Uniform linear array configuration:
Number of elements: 24
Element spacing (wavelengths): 0.75
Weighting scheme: blackman
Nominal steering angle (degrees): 60
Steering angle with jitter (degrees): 58.339
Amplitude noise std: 0.05
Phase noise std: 0.05

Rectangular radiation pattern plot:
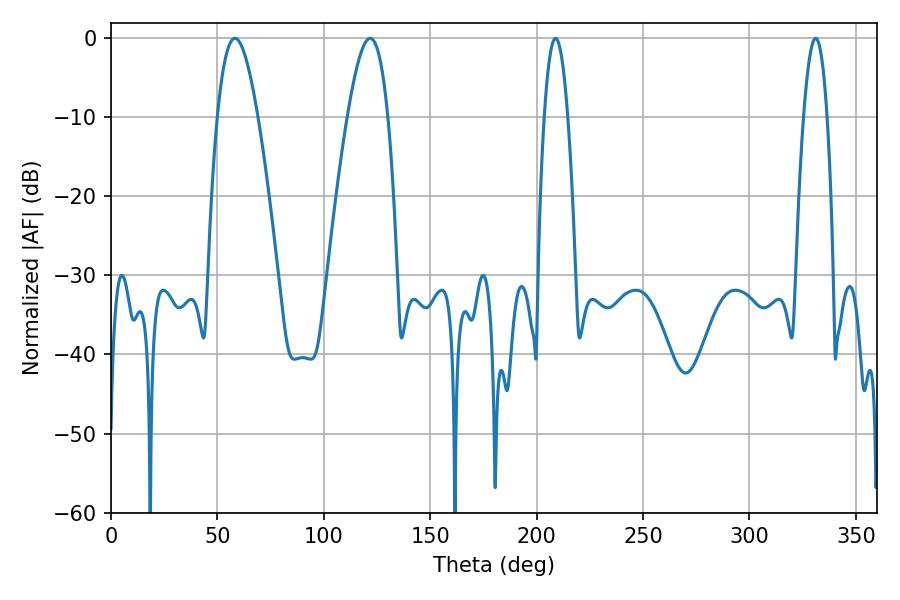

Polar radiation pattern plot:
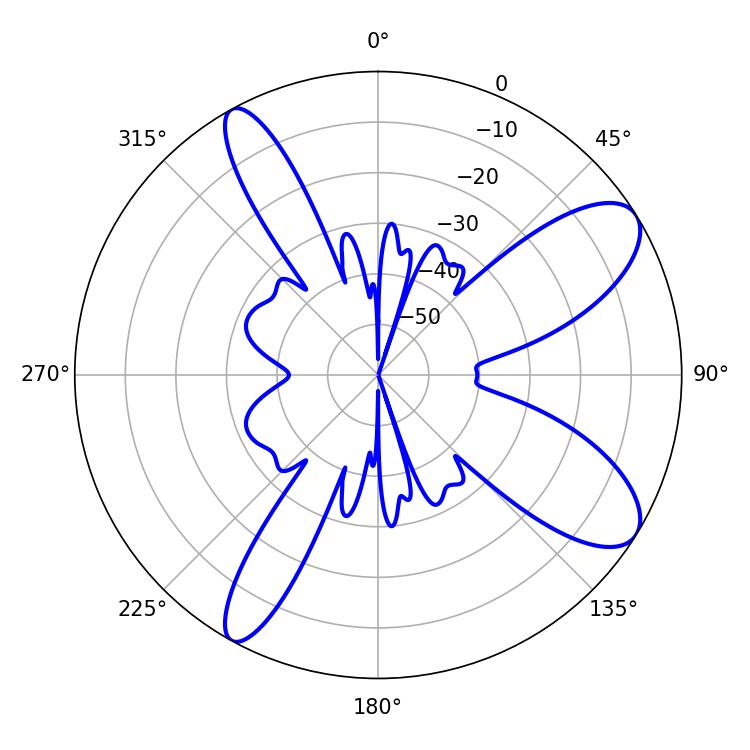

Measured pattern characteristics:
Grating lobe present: TRUE
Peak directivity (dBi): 9.54
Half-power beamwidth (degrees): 10.26
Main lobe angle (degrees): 58.32